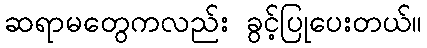
ဆရာမတွေကလည်း ခွင့်ပြုပေးတယ်။